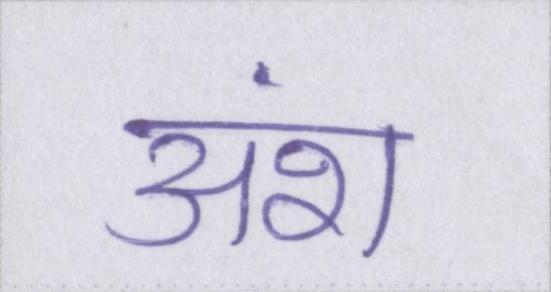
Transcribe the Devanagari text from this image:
अंश